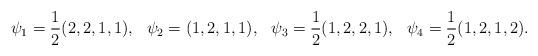
LaTeX: \begin{align*}\psi_1 &= \frac{1}{2}(2,2,1,1),&\psi_2 &= (1,2,1,1),&\psi_3 &= \frac{1}{2}(1,2,2,1),&\psi_4 &= \frac{1}{2}(1,2,1,2).\end{align*}